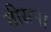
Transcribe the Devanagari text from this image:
तीसना